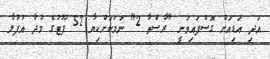
އަދި އަޑިއަށް ގޮސްފައިވަނީ "ރާސްތާ 2" ނަމަކަށްކިޔާ 52 ފޫޓުގެ މުދާ އުފުލާ